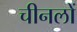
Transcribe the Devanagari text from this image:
चीनलों